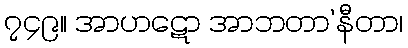
၇၄၉။ အာဟဋော အာဘတာ’နီတာ၊